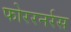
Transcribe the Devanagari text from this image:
फोररनर्रस